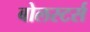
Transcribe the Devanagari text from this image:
बोलस्टर्स